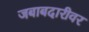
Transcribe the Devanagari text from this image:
जबाबदारीवर